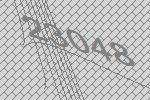
23048